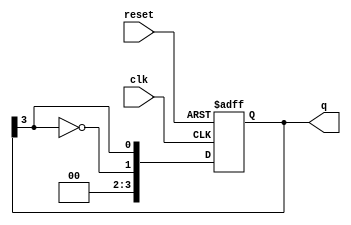
module johnson_counter #(
    parameter N = 4  // Number of flip-flops (adjust as needed)
) (
    input wire clk,        // Clock input
    input wire reset,      // Asynchronous reset
    output reg [N-1:0] q   // Output representing the current state
);

    // State Transition Logic
    always @(posedge clk or posedge reset) begin
        if (reset) begin
            // Asynchronous reset: set all flip-flops to 0
            q <= {N{1'b0}};
        end else begin
            // Johnson Counter: Shift right and invert the last bit for the first input
            q <= {~q[N-1], q[N-1:N-1]}; // Shift right and feed inverted last bit to the first
        end
    end

    // Output Logic (Moore Machine)
    // The output q itself represents the state; additional output logic can be added if needed
    // For example, you can define specific output behaviors based on states if required.

endmodule